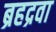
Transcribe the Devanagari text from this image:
ब्रहद्रवा